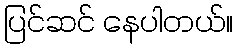
ပြင်ဆင် နေပါတယ်။